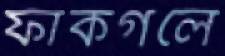
ফাঁকগলে